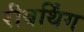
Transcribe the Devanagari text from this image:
रीबर्थिंग